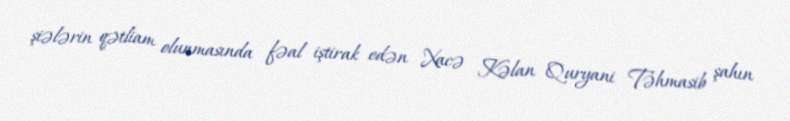
şiələrin qətliam olunmasında fəal iştirak edən Xacə Kəlan Quryani Təhmasib şahın